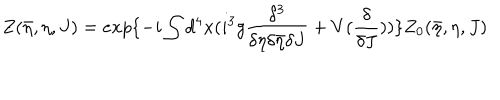
Z ( \bar { \eta } , \eta , J ) = e x p \{ - i \int d ^ { 4 } x ( i ^ { 3 } g \frac { \delta ^ { 3 } } { \delta \eta \delta \bar { \eta } \delta J } + V ( \frac { \delta } { \delta J } ) ) \} Z _ { 0 } ( \bar { \eta } , \eta , J )